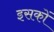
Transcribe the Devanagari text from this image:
इसकों